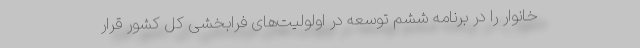
خانوار را در برنامه ششم توسعه در اولولیت‌های فرابخشی کل کشور قرار